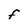
Character: F